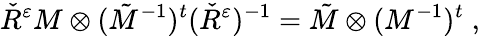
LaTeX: \check{R}^{\varepsilon}M\otimes(\tilde{M}^{-1})^{t}(\check{R}^{\varepsilon})^{-1}=\tilde{M}\otimes(M^{-1})^{t}\; ,